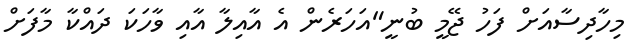
މިހާދިސާއަށް ފަހު ޖޭމީ ބުނީ"އަހަރެން އެ އާއިލާ އާއި ވާހަކަ ދައްކާ މާފަށް